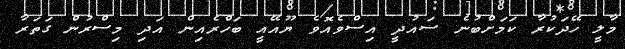
މާލީ ހޭދަކުރާ ކަމަށްބުނެ ސައުދީ އިސްވެއޮވެ ޔޫއޭއީ ބަހްރެއިން އަދި މިސްރުން ގަތަރާ